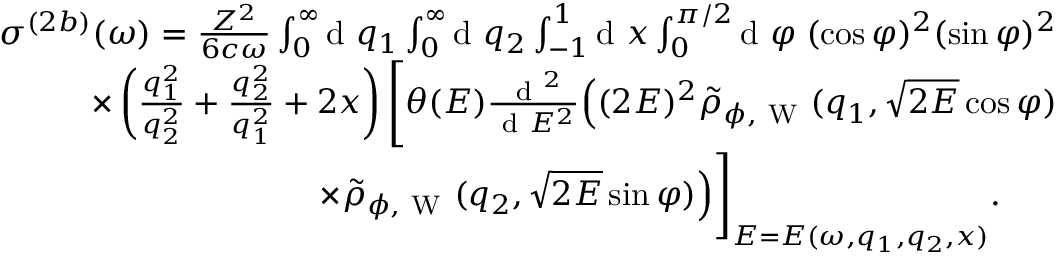
\begin{array} { r } { \sigma ^ { ( 2 b ) } ( \omega ) = \frac { Z ^ { 2 } } { 6 c \omega } \int _ { 0 } ^ { \infty } \! \! \ensuremath { \mathrm { ~ d ~ } } q _ { 1 } \int _ { 0 } ^ { \infty } \! \! \ensuremath { \mathrm { ~ d ~ } } q _ { 2 } \int _ { - 1 } ^ { 1 } \! \! \ensuremath { \mathrm { ~ d ~ } } x \int _ { 0 } ^ { \pi / 2 } \! \! \ensuremath { \mathrm { ~ d ~ } } \varphi \; ( \cos \varphi ) ^ { 2 } ( \sin \varphi ) ^ { 2 } } \\ { \times \left( \frac { q _ { 1 } ^ { 2 } } { q _ { 2 } ^ { 2 } } + \frac { q _ { 2 } ^ { 2 } } { q _ { 1 } ^ { 2 } } + 2 x \right) \Biggl [ \theta ( E ) \frac { \ensuremath { \mathrm { ~ d ~ } } ^ { 2 } } { \ensuremath { \mathrm { ~ d ~ } } E ^ { 2 } } \Bigl ( ( 2 E ) ^ { 2 } \tilde { \rho } _ { \phi , \mathrm { ~ W ~ } } ( q _ { 1 } , \sqrt { 2 E } \cos \varphi ) } \\ { \times \tilde { \rho } _ { \phi , \mathrm { ~ W ~ } } ( q _ { 2 } , \sqrt { 2 E } \sin \varphi ) \Bigl ) \Biggl ] _ { E = E ( \omega , q _ { 1 } , q _ { 2 } , x ) } . \; \; \; \; \; \; } \end{array}